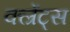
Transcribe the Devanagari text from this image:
क्ल्रेंट्स